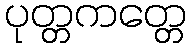
ပုတ္တကတ္တေ